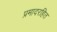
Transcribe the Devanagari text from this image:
प्रमादरहित